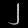
Digit: ၂